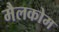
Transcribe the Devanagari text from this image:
मैलकोम